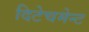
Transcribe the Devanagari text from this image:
दिटेचमेन्ट